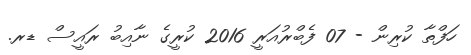
ހަފްތާ ކުރިން - 07 ފެބްރުއަރީ 2016 ކުރީގެ ނާއިބު ރައީސް ޑރ.